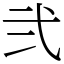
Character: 弐